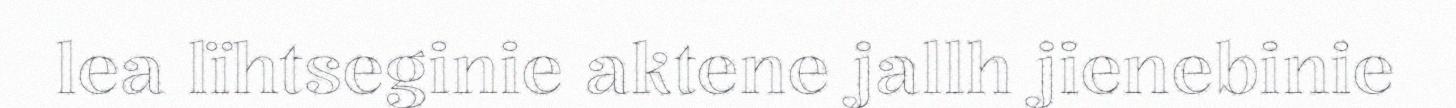
lea lïhtseginie aktene jallh jienebinie